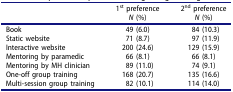
<table><thead><tr><td><b> </b></td><td><b>1<sup>st</sup> preference<i>N</i> (%)</b></td><td><b>2<sup>nd</sup> preference<i>N</i> (%)</b></td></tr></thead><tbody><tr><td>Book</td><td>49 (6.0)</td><td>84 (10.3)</td></tr><tr><td>Static website</td><td>71 (8.7)</td><td>97 (11.9)</td></tr><tr><td>Interactive website</td><td>200 (24.6)</td><td>129 (15.9)</td></tr><tr><td>Mentoring by paramedic</td><td>66 (8.1)</td><td>66 (8.1)</td></tr><tr><td>Mentoring by MH clinician</td><td>89 (11.0)</td><td>74 (9.1)</td></tr><tr><td>One-off group training</td><td>168 (20.7)</td><td>135 (16.6)</td></tr><tr><td>Multi-session group training</td><td>82 (10.1)</td><td>114 (14.0)</td></tr></tbody></table>